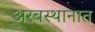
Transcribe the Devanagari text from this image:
अरबस्थानात